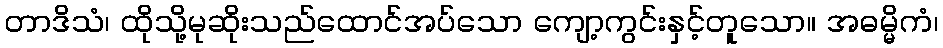
တာဒိသံ၊ ထိုသို့မုဆိုးသည်ထောင်အပ်သော ကျော့ကွင်းနှင့်တူသော။ အဓမ္မိကံ၊